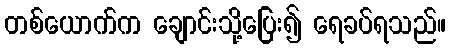
တစ်ယောက်က ချောင်းသို့ပြေး၍ ရေခပ်ရသည်။